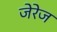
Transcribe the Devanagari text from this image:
जेरेज